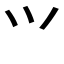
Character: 𭕄